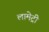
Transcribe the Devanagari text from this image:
लामेट्री